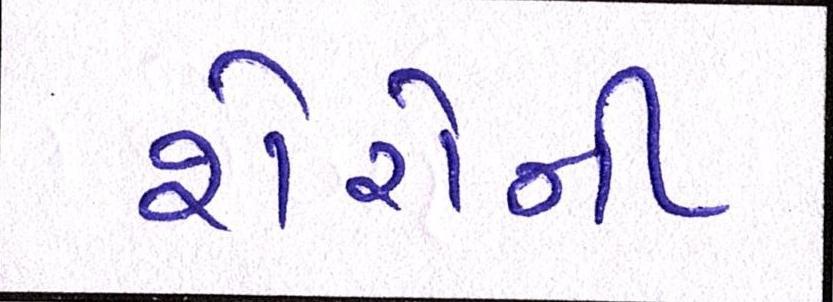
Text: શેરોની